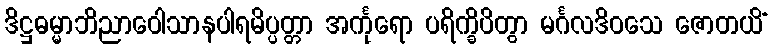
ဒိဋ္ဌဓမ္မာဘိညာဝေါသာနပါရမိပ္ပတ္တာ အင်္ကုရော ပရိက္ခိပိတွာ မင်္ဂလဒိဝသေ ဇောတယိံ